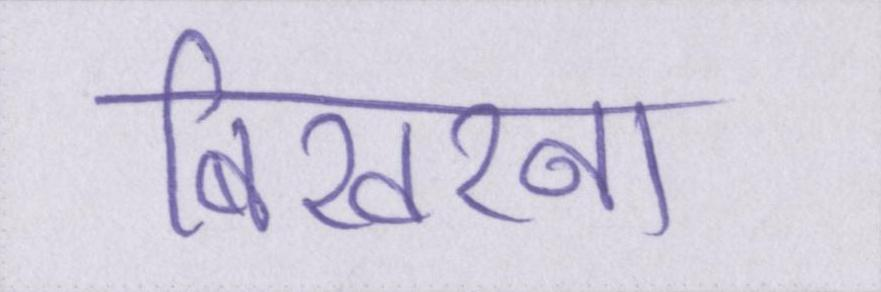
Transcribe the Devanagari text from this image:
बिखरना